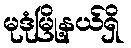
မုဒုံမြို့နယ်ရှိ